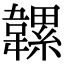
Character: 𩏞